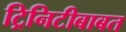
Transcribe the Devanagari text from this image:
ट्रिनिटीबाबत